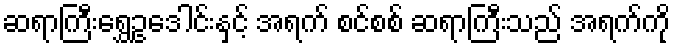
ဆရာကြီးရွှေဥဒေါင်းနှင့် အရက် စင်စစ် ဆရာကြီးသည် အရက်ကို